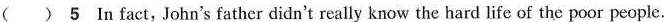
( )5 In fact, John's father didn't really know the hard life of the poor people.